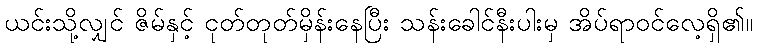
ယင်းသို့လျှင် ဇိမ်နှင့် ငုတ်တုတ်မှိန်းနေပြီး သန်းခေါင်နီးပါးမှ အိပ်ရာဝင်လေ့ရှိ၏။